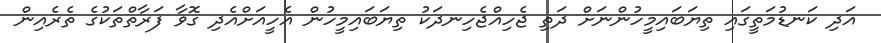
އަދި ކަނޑުމަތީގައި ތިޔަބައިމީހުންނަށް ދަތި ޖެހިއްޖެހިނދަކު ތިޔަބައިމީހުން އެހީއަށްއެދި ގޮވާ ފަރާތްތަކުގެ ތެރެއިން